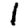
Digit: 1